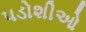
પડોશીઓ